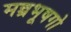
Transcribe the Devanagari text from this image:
मन्त्रभूषगो